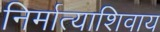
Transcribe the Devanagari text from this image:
निर्मात्याशिवाय